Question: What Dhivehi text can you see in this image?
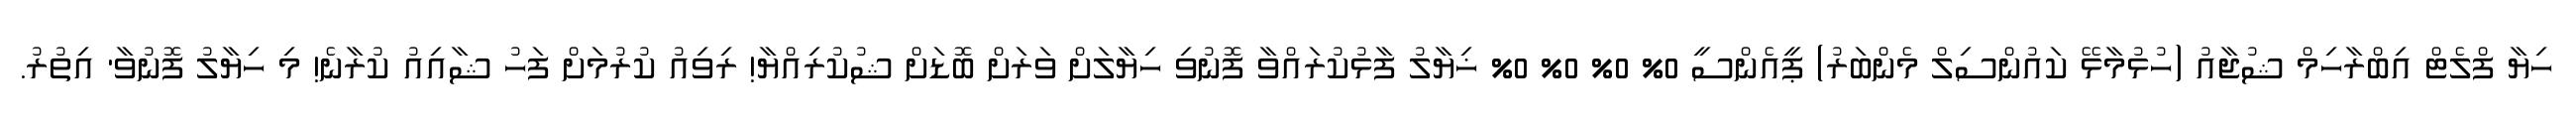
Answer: ހިޔާ ފްލެޓް އިބްރާހިމް ޝުޖާއު (ހުޅުމާޅޭ ކައުންސިލް މެންބަރު) ޕީއެންސީ 0% 0% 0% 0% ޚިޔާލު ފާޅުކުރައްވާ ފޮނުވި ހިޔާލަށް ވަރަށް ބޮޑަށް ޝުކުރިއްޔާ! ރިވިއު ކުރުމަށް ފަހު ޝާއިއު ކުރާނެ! މި ހިޔާލު ފޮނުވާ' އިތުރު.